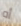
أه